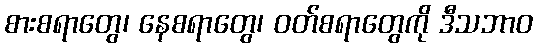
စားစရာတွေ၊ နေစရာတွေ၊ ဝတ်စရာတွေကို ဒီသဘာဝ